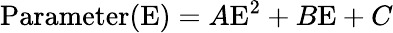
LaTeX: \textrm{Parameter(E)}=A\textrm{E}^{2}+B\textrm{E}+C